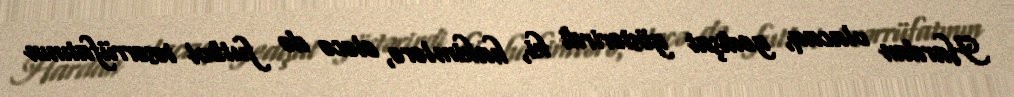
Hardan olacaq, gedişat göstərirdi ki, hakimlərə, eləcə də futbol təsərrüfatının